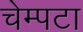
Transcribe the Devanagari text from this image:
चेम्पटा